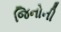
જિનોની